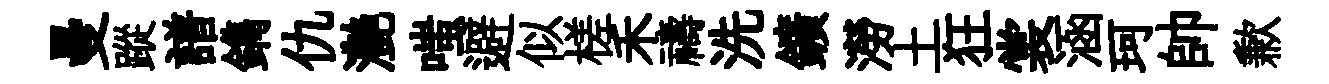
曼蹤譜鐫仇灔嗤避似槎禾禱洗鑛澇土狂裳涵珂帥歉